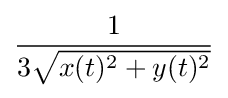
{\frac {1}{3{\sqrt {x(t)^{2}+y(t)^{2}}}}}